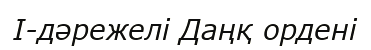
I-дәрежелі Даңқ ордені